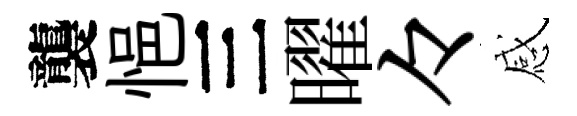
襲悒三曜々感